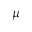
\mu